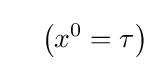
\quad \left(x^{0}=\tau \right)